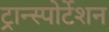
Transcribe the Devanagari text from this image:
ट्रान्स्पोर्टेशन